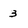
Character: 3